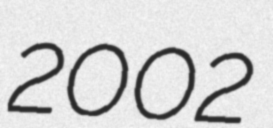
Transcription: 2002